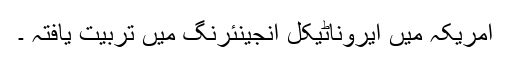
امریکہ میں ایروناٹیکل انجینئرنگ میں تربیت یافتہ ۔